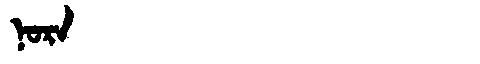
Manchu: ᠨᠣᡵᠠ
Romanization: NORA